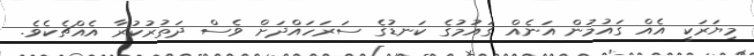
މިޔަރަކީ އެއް ގައުމުން އަނެއް ގައުމުގެ ކަނޑުގެ ސަރަހައްދަށް ވެސް ދަތުރުކުރާ އެއްޗެކެވެ.